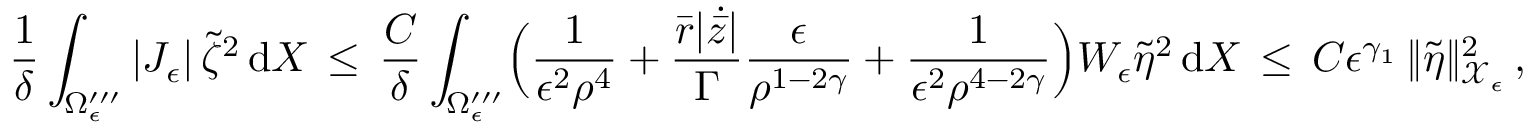
\frac { 1 } { \delta } \int _ { \Omega _ { \epsilon } ^ { \prime \prime \prime } } | J _ { \epsilon } | \, \tilde { \zeta } ^ { 2 } \, \mathrm { d } X \, \le \, \frac { C } { \delta } \int _ { \Omega _ { \epsilon } ^ { \prime \prime \prime } } \Bigl ( \frac { 1 } { \epsilon ^ { 2 } \rho ^ { 4 } } + \frac { \bar { r } | \dot { \bar { z } } | } { \Gamma } \frac { \epsilon } { \rho ^ { 1 - 2 \gamma } } + \frac { 1 } { \epsilon ^ { 2 } \rho ^ { 4 - 2 \gamma } } \Bigr ) W _ { \epsilon } \tilde { \eta } ^ { 2 } \, \mathrm { d } X \, \le \, C \epsilon ^ { \gamma _ { 1 } } \, \| \tilde { \eta } \| _ { \mathcal { X } _ { \epsilon } } ^ { 2 } \, ,